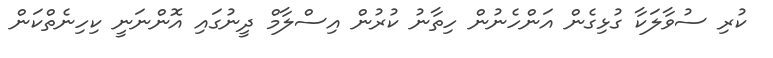
ކުރި ސުވާލަކާ ގުޅިގެން އަންހެނުން ހިތާނު ކުރުން އިސްލާމް ދީނުގައި އޮންނަނީ ކިހިނެތްކަން